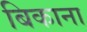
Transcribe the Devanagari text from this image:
बिकाना